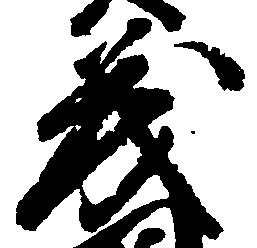
茂